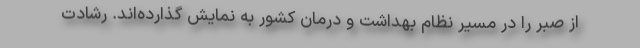
از صبر را در مسیر نظام بهداشت و درمان کشور به نمایش گذارده‌اند. رشادت